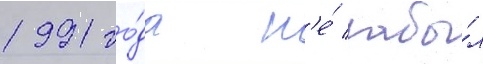
1991 го́да н'е́ забы́л